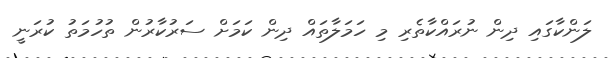
ލަންކާގައި ދިން ނުރައްކާތެރި މި ހަމަލާތައް ދިން ކަމަށް ސަރުކާރުން ތުހުމަތު ކުރަނީ